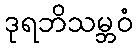
ဒုရဘိသမ္ဘဝံ